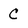
Character: C